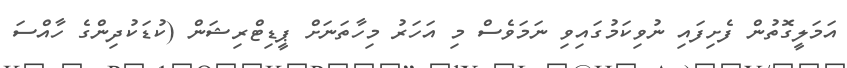
އަމަލީގޮތުން ފެށިފައި ނުވިކަމުގައިވި ނަމަވެސް މި އަހަރު މިހާތަނަށް ޕީޑިޓްރިޝަން (ކުޑަކުދިންގެ ހާއްސަ